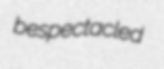
bespectacled